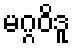
မဂ္ဂဝိဒူ